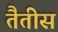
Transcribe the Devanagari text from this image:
तैतीस